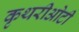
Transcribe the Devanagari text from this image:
कृथरीओटी